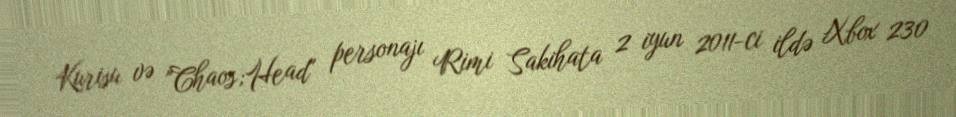
Kurisu və "Chaos;Head" personajı Rimi Sakihata 2 iyun 2011-ci ildə Xbox 230